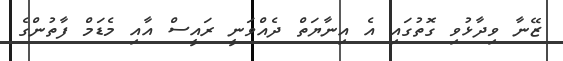
ޒޭނާ ވިދާޅުވި ގޮތުގަައި އެ އިނާޔަތް ދެއްވަނީ ރައީސް އާއި މެޑަމް ފާތުންގެ